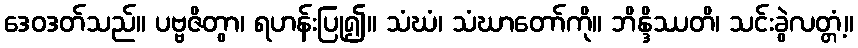
ဒေဝဒတ်သည်။ ပဗ္ဗဇိတွာ၊ ရဟန်းပြု၍။ သံဃံ၊ သံဃာတော်ကို။ ဘိန္ဒိဿတိ၊ သင်းခွဲလတ္တံ့။